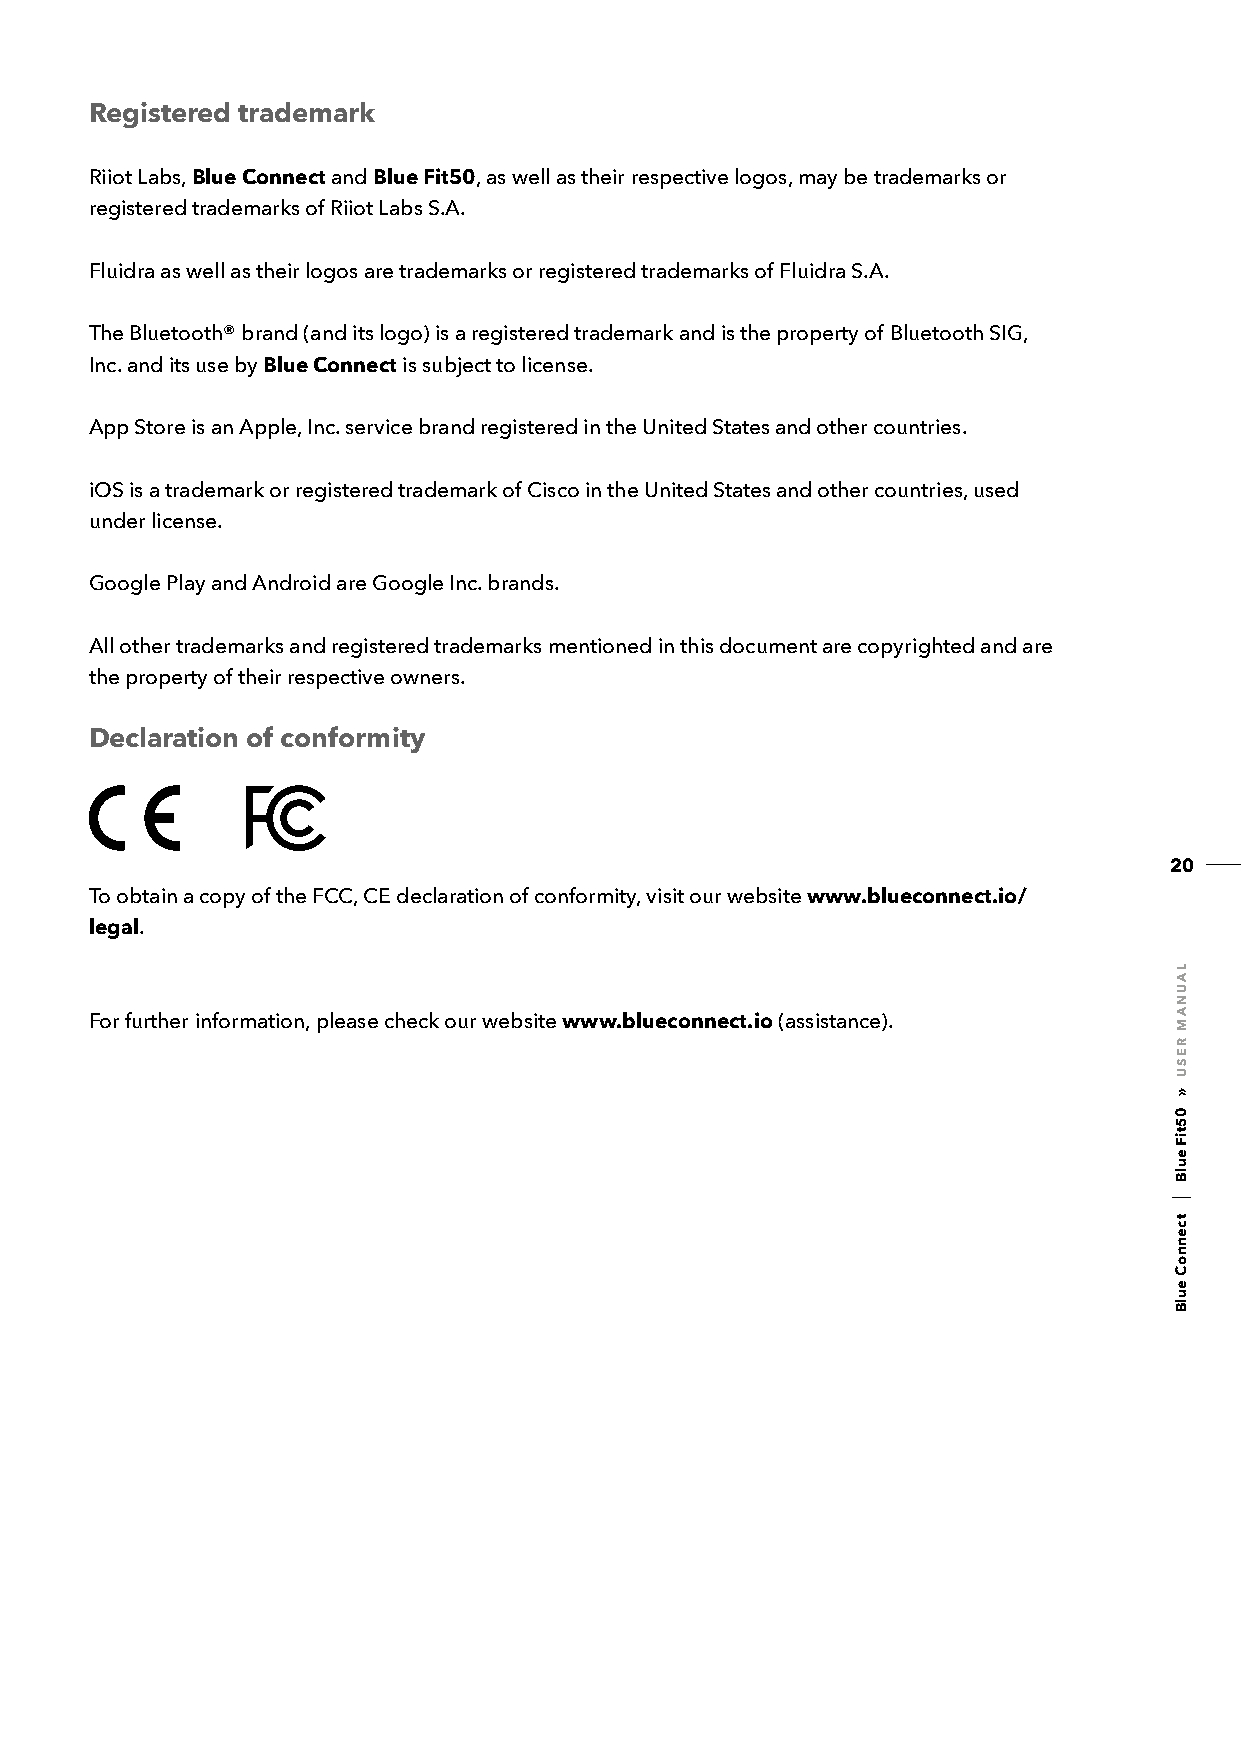
Registered trademark
 Riiot Labs, Blue Connect and Blue Fit50, as well as their respective logos, may be trademarks or
 registered trademarks of Riiot Labs S.A.
 Fluidra as well as their logos are trademarks or registered trademarks of Fluidra S.A.
 The Bluetooth® brand (and its logo) is a registered trademark and is the property of Bluetooth SIG,
 Inc. and its use by Blue Connect is subject to license.
 App Store is an Apple, Inc. service brand registered in the United States and other countries.
 iOS is a trademark or registered trademark of Cisco in the United States and other countries, used
 under license.
 Google Play and Android are Google Inc. brands.
 All other trademarks and registered trademarks mentioned in this document are copyrighted and are
 the property of their respective owners.
 Declaration of conformity
 20
 To obtain a copy of the FCC, CE declaration of conformity, visit our website www.blueconnect.io/
 legal.
 For further information, please check our website www.blueconnect.io (assistance).
 LAUNAM
 RESU
 »
 05tiF
 eulB
 tcennoC
 eulB